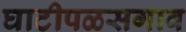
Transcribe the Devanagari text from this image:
घाटीपळसगाव